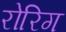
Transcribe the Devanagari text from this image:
रोरिग